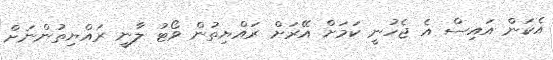
އެކަން އައިސް އެ ޖެހުނީ ކަމަށް އޭރަށް ރައްޔިތުން ވޯޓު ލާނީ ރައްޔިތުންނަށް